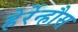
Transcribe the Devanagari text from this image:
हेर्रेन्हौस